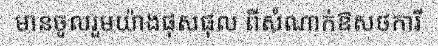
មានចូលរួមយ៉ាងផុសផុល ពីសំណាក់ឱសថការី